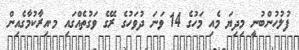
ފުލުހުންބުނީ މިދިޔަ މެއި މަހުގެ 14 ވަނަ ދުވަހުގެ ރޭގެ ވަގުތެއްގައި މ.އިރާކުމާގެއިން